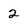
Character: 2